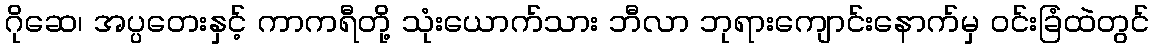
ဂိုဆေ၊ အပ္ပတေးနှင့် ကာကရီတို့ သုံးယောက်သား ဘီလာ ဘုရားကျောင်းနောက်မှ ဝင်းခြံထဲတွင်